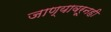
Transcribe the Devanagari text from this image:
जाण्यावरूनही